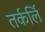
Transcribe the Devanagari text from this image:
तर्कर्लि